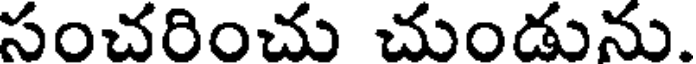
సంచరించు చుండును.